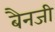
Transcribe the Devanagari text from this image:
बैनजी